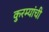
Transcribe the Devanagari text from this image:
कुरम्यांची